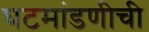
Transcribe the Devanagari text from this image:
घटमांडणीची